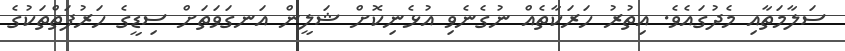
ސަލާމަތާއި މެދުގައެވެ. އިތުރު ހަރަކާތެއް ނުގެނެވި އުޅެނިކޮށް ޝަލީން އަނގަވަތަށް ސިޑީގެ ހަރުފަތްތަކުގެ